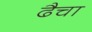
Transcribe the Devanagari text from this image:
ढैचा